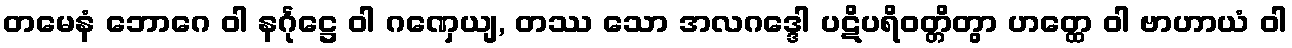
တမေနံ ဘောဂေ ဝါ နင်္ဂုဋ္ဌေ ဝါ ဂဏှေယျ, တဿ သော အလဂဒ္ဒေါ ပဋိပရိဝတ္တိတွာ ဟတ္ထေ ဝါ ဗာဟာယံ ဝါ